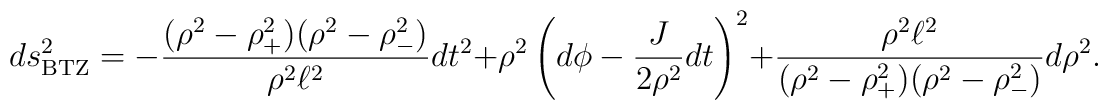
ds_{\rm BTZ}^2 = - {{(\rho^2 - \rho_+^2) ( \rho^2 - \rho_-^2) } \over   {\rho^2 \ell^2}} dt^2 + \rho^2 \left ( d \phi - { J \over {2 \rho^2}} dt \right )^2 + {{\rho^2 \ell^2} \over {(\rho^2 -\rho_+^2) ( \rho^2 - \rho_-^2)}} d\rho^2 .